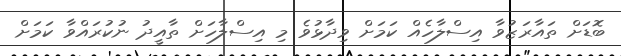
ބޮޑަށް ތައާރަޒުވާ އިސްލާހެއް ކަމަށް ވިދާޅުވެ މި އިސްލާހަށް ތާއީދު ނުކުރައްވާ ކަމަށް